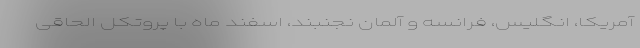
آمریکا، انگلیس، فرانسه و آلمان نجنبند، اسفند ماه با پروتکل الحاقی